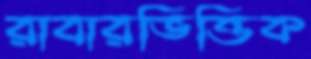
রাবারভিত্তিক